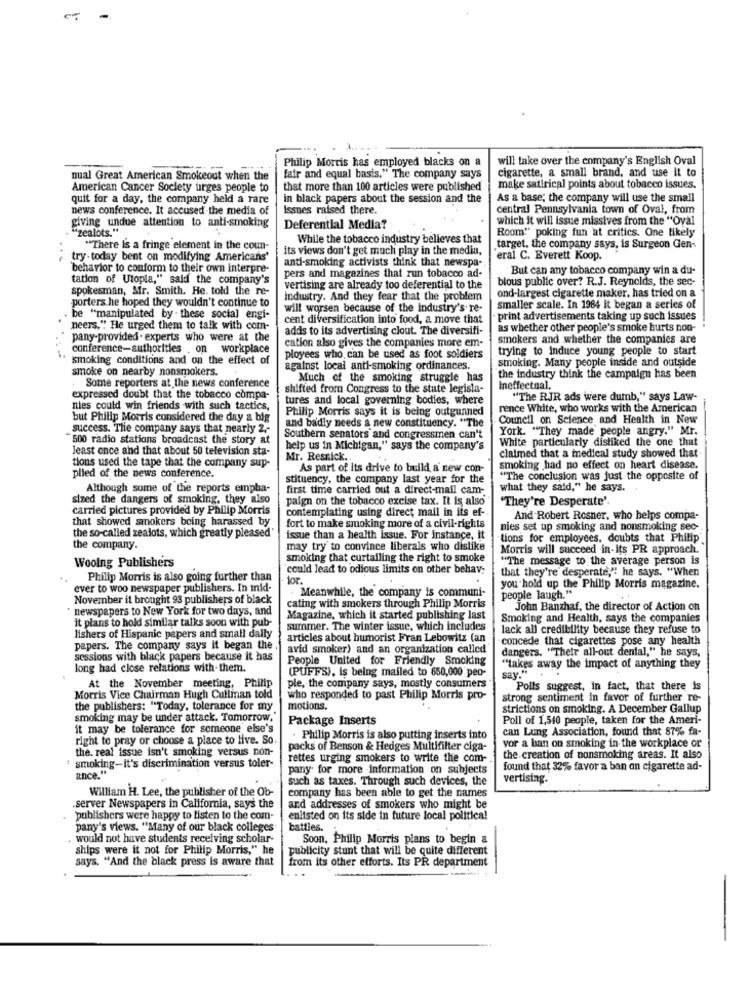
-
Philip Morris has employed blacks on a
will take over the company's English Oval
cigarette, a small brand, and use it to
nual Great American Smokeout when the
fair and equal basis." The company says
American Cancer Society urges people to
that more than 100 articles were published
make satirical points about tobacco issues.
quit for a day, the company held a rare
in black papers about the session and the
As a base; the company will use the smail
news conference. It accused the media of
Issues raised there.
central Pennsylvania town of Oval, from
which it will issue missives from the "Oval
giving undue attention to anti-smoking
"zealots."
Deferential Media?
Room" poking fun at critics. One likely
While the tobacco industry believes that
"There is a fringe element in the coun-
its views don't get much play in the media,
target, the company says, is Surgeon Gen-
...
try-today bent on modifying Americans'
anti-smoking activists think that newspa-
eral C. Everett Koop.
behavior to conform to their own interpre-
But can any tobacco company win a du-
tation of Utopia," said the company's
pers and magazines that run tobacco ad-
blous public over? R.J. Reynolds, the sec-
spokesman, Mr. Smith. He. told the re-
vertising are already too deferential to the
industry. And they fear that the problem
ond-largest cigarette maker, has tried on a
porters.he hoped they wouldn't continue to
will worsen because of the industry's re-
smaller scale. In 1984 it began a series of
be "manipulated by . these social engi-
cent diversification into food, a move that
print advertisements taking up such issues
neers," He urged them to talk with com-
adds to its advertising clout. The diversifi-
as whether other people's smoke hurts non-
pany-provided . experts who were at the
cation also gives the companies more em-
smokers and whether the companies are
conference-authorities . on workplace
trying to induce young people to start
smoking conditions and on the effect of
ployees who can be used as foot soldiers
smoking. Many people inside and outside
smoke on nearby nonsmokers.
against local anti-smoking ordinances.
Much of the smoking struggle has
the industry think the campaign has been
Some reporters at the news conference
shifted from Congress to the state legisla-
Ineffectual.
expressed doubt that the tobacco compa-
tures and local governing bodies, where
"The RJR ads were dumb," says Law-
nies could win friends with such tactics,
Philip Morris says it is being outgunned
rence White, who works with the American
but Philip Morris considered the day a big
and badly needs a new constituency. "The
Council on Science and Health in New
success. The company says that nearly 2 .-
York. "They made people angry." Mr.
500 radio stations broadcast the story at
Southern senators and congressmen can't
White particularly disliked the one that
Jeast once and that about 50 television sta-
help us in Michigan," says the company's
Mr. Resnick.
claimed that a medical study showed that
tions used the tape that the company sup-
As part of its drive to build a new con-
smoking had no effect on heart disease.
plied of the news conference.
stituency, the company last year for the
"The conclusion was just the opposite of
Although some of the reports empha-
first time carried out a direct-mail cam-
what they said," he says.
sized the dangers of smoking, they also
paign on the tobacco excise tax. It is also
"They're Desperate'.
carried pictures provided by Philip Morris
contemplating using direct mail in its ef-
that showed smokers being harassed by
And Robert Rosner, who helps compa-
fort to make smoking more of a civil-rights
nies set up smoking and nonsmoking sec-
the so-called zealots, which greatly pleased'
issue than a health issue. For instance, it
tions for employees, doubts that Philip'
the company.
may try to convince liberals who dislike
Morris will succeed in-its PR approach.
Woolng Publishers
smoking that curtailing the right to smoke
"The message to the average person is
could lead to odious limits on other behav;
that they're desperate,"" he says. "When
Philip Morris is also going further than
for.
ever to woo newspaper publishers. In mid-
Meanwhile, the company is communi-
you hold up the Philip Morris magazine.
November it brought 93 publishers of black
people laugh."
newspapers to New York for two days, and
cating with smokers through Philip Morris
John Banzhaf, the director of Action on
it plans to hold similar talks soon with pub-
Magazine, which it started publishing last
Smoking and Health, says the companies
summer. The winter issue, which includes
lack all credibility because they refuse to
lishers of Hispanic papers and small dally
articles about humorist Fran Lebowitz (an
concede that cigarettes pose any health
papers. The company says it began the
avid smoker) and an organization called
dangers. "Their all-out denial," he says,
sessions with black papers because it has
People United for Friendly Smoking
long had close relations with.them.
(PUFFS), is being mailed to 650,000 peo-
"takes away the impact of anything they
say." .
At the November meeting, Philip
ple, the company says, mostly consumers
Polls suggest, in fact, that there is
Morris Vice Chairman Hugh Cullinan told
who responded to past Philip Morris pro-
strong sentiment in favor of further re-
the publishers: "Today, tolerance for my
motions.
strictions on smoking. A December Gallup
smoking may be under attack. Tomorrow,
Package Inserts
Poll of 1,540 people, taken for the Ameri-
it may be tolerance for someone else's
can Lung Association, found that 87% fa-
right to pray or choose a place to live. So
. Philip Morris is also putting inserts into
vor a ban on smoking in the workplace or
the. real issue isn't smoking versus non-
packs of Benson & Hedges Multifilter ciga-
rettes urging smokers to write the com-
the creation of nonsmoking areas. It also
: smoking-it's discrimination versus toler-
ance."
pany for more information on subjects
found that 32% favor a ban on cigarette ad-
such as taxes. Through such devices, the
vertising.
William H. Lee, the publisher of the Ob-
company has been able to get the names
server Newspapers in California, says the
and addresses of smokers who might be
publishers were happy to listen to the com-
enlisted on its side in future local politica!
pany's views. "Many of our black colleges
battles.
. would not have students receiving scholar-
Soon, Philip Morris plans to begin a
ships were it not for Philip Morris," he
publicity stunt that will be quite different
says. "And the black press is aware that
from its other efforts. Its PR department
-